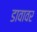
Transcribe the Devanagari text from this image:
डावावर